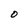
Character: O